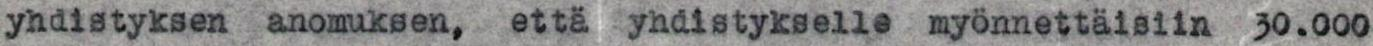
yhdistyksen anomuksen, että yhdistykselle myönnettäisiin 30.000